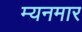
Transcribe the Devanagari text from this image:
म्यनमार